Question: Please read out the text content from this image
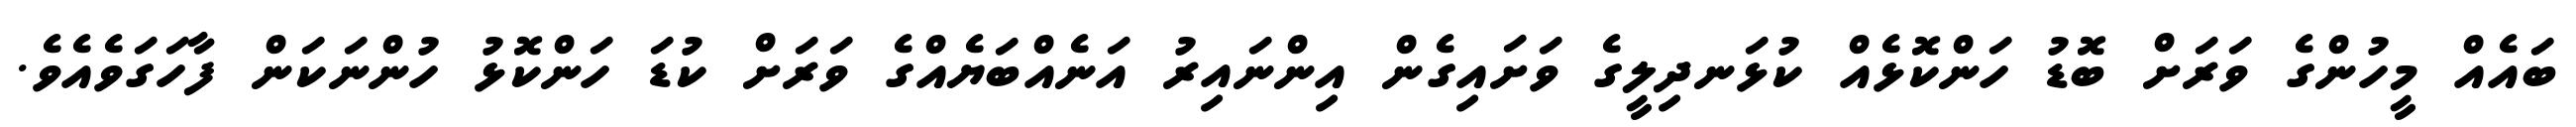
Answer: ބައެއް މީހުންގެ ވަރަށް ބޮޑު ހަންކޮޅެއް ކުޅަނދިލީގެ ވަށައިގެން އިންނައިރު އަނެއްބަޔެއްގެ ވަރަށް ކުޑަ ހަންކޮޅު ހުންނަކަން ފާހަގަވެއެވެ.